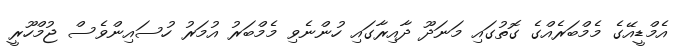
އެމްޑީއޭގެ މެމްބަރެއްގެ ގޮތުގައި މަނަދޫ ދާއިރާގައި ހުންނެވި މެމްބަރު އުމަރު ހުސައިންވެސް ޖުމްހޫރީ